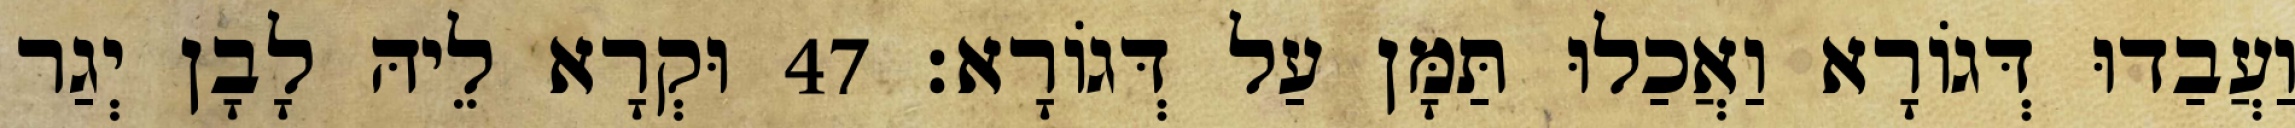
וַעֲבַדוּ דְּגוֹרָא וַאֲכַלוּ תַּמָּן עַל דְּגוֹרָא׃ 47 וּקְרָא לֵיהּ לָבָן יְגַר